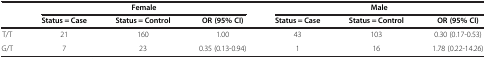
<table><thead><tr><td><b> </b></td><td colspan="3"><b>Female</b></td><td colspan="3"><b>Male</b></td></tr><tr><td><b> </b></td><td><b>Status = Case</b></td><td><b>Status = Control</b></td><td><b>OR (95% CI)</b></td><td><b>Status = Case</b></td><td><b>Status = Control</b></td><td><b>OR (95% CI)</b></td></tr></thead><tbody><tr><td>T/T</td><td>21</td><td>160</td><td>1.00</td><td>43</td><td>103</td><td>0.30 (0.17-0.53)</td></tr><tr><td>G/T</td><td>7</td><td>23</td><td>0.35 (0.13-0.94)</td><td>1</td><td>16</td><td>1.78 (0.22-14.26)</td></tr></tbody></table>